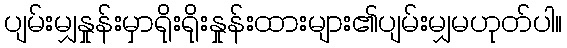
ပျမ်းမျှနှုန်းမှာရိုးရိုးနှုန်းထားများ၏ပျမ်းမျှမဟုတ်ပါ။